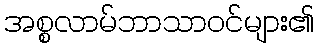
အစ္စလာမ်ဘာသာဝင်များ၏